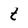
Character: t